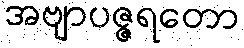
အဗျာပဇ္ဇရတော